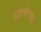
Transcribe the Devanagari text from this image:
धडकेच्या